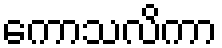
ကောသလိကာ